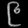
Digit: ၉